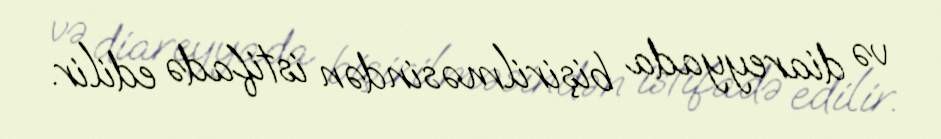
və diareyyada bişirilməsindən istifadə edilir.